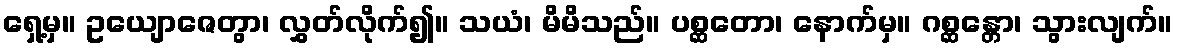
ရှေ့မှ။ ဥယျောဇေတွာ၊ လွှတ်လိုက်၍။ သယံ၊ မိမိသည်။ ပစ္ဆတော၊ နောက်မှ။ ဂစ္ဆန္တော၊ သွားလျက်။